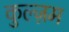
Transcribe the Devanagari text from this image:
कुल्ज़म